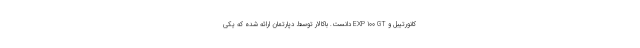
کانورتیبل و EXP 100 GT دانست. باکالار توسط دپارتمان ارائه شده که یکی